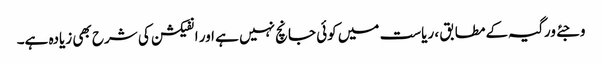
وجئے ورگیہ کے مطابق ، ریاست میں کوئی جانچ نہیں ہے اور انفیکشن کی شرح بھی زیادہ ہے۔